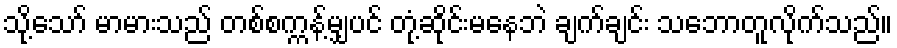
သို့သော် မာမားသည် တစ်စက္ကန့်မျှပင် တုံ့ဆိုင်းမနေဘဲ ချက်ချင်း သဘောတူလိုက်သည်။